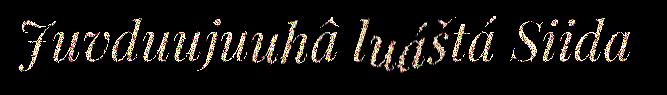
Juvduujuuhâ luáštá Siida